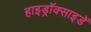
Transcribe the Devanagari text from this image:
हाइड्रॉक्साइडें